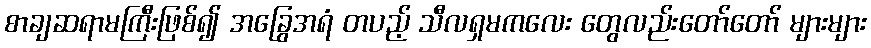
စာချဆရာမကြီးဖြစ်၍ အခြွေအရံ တပည့် သီလရှမကလေး တွေလည်းတော်တော် များများ